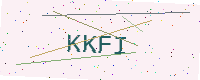
Text: KKFI